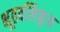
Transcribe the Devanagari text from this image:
भूतवलिकृत